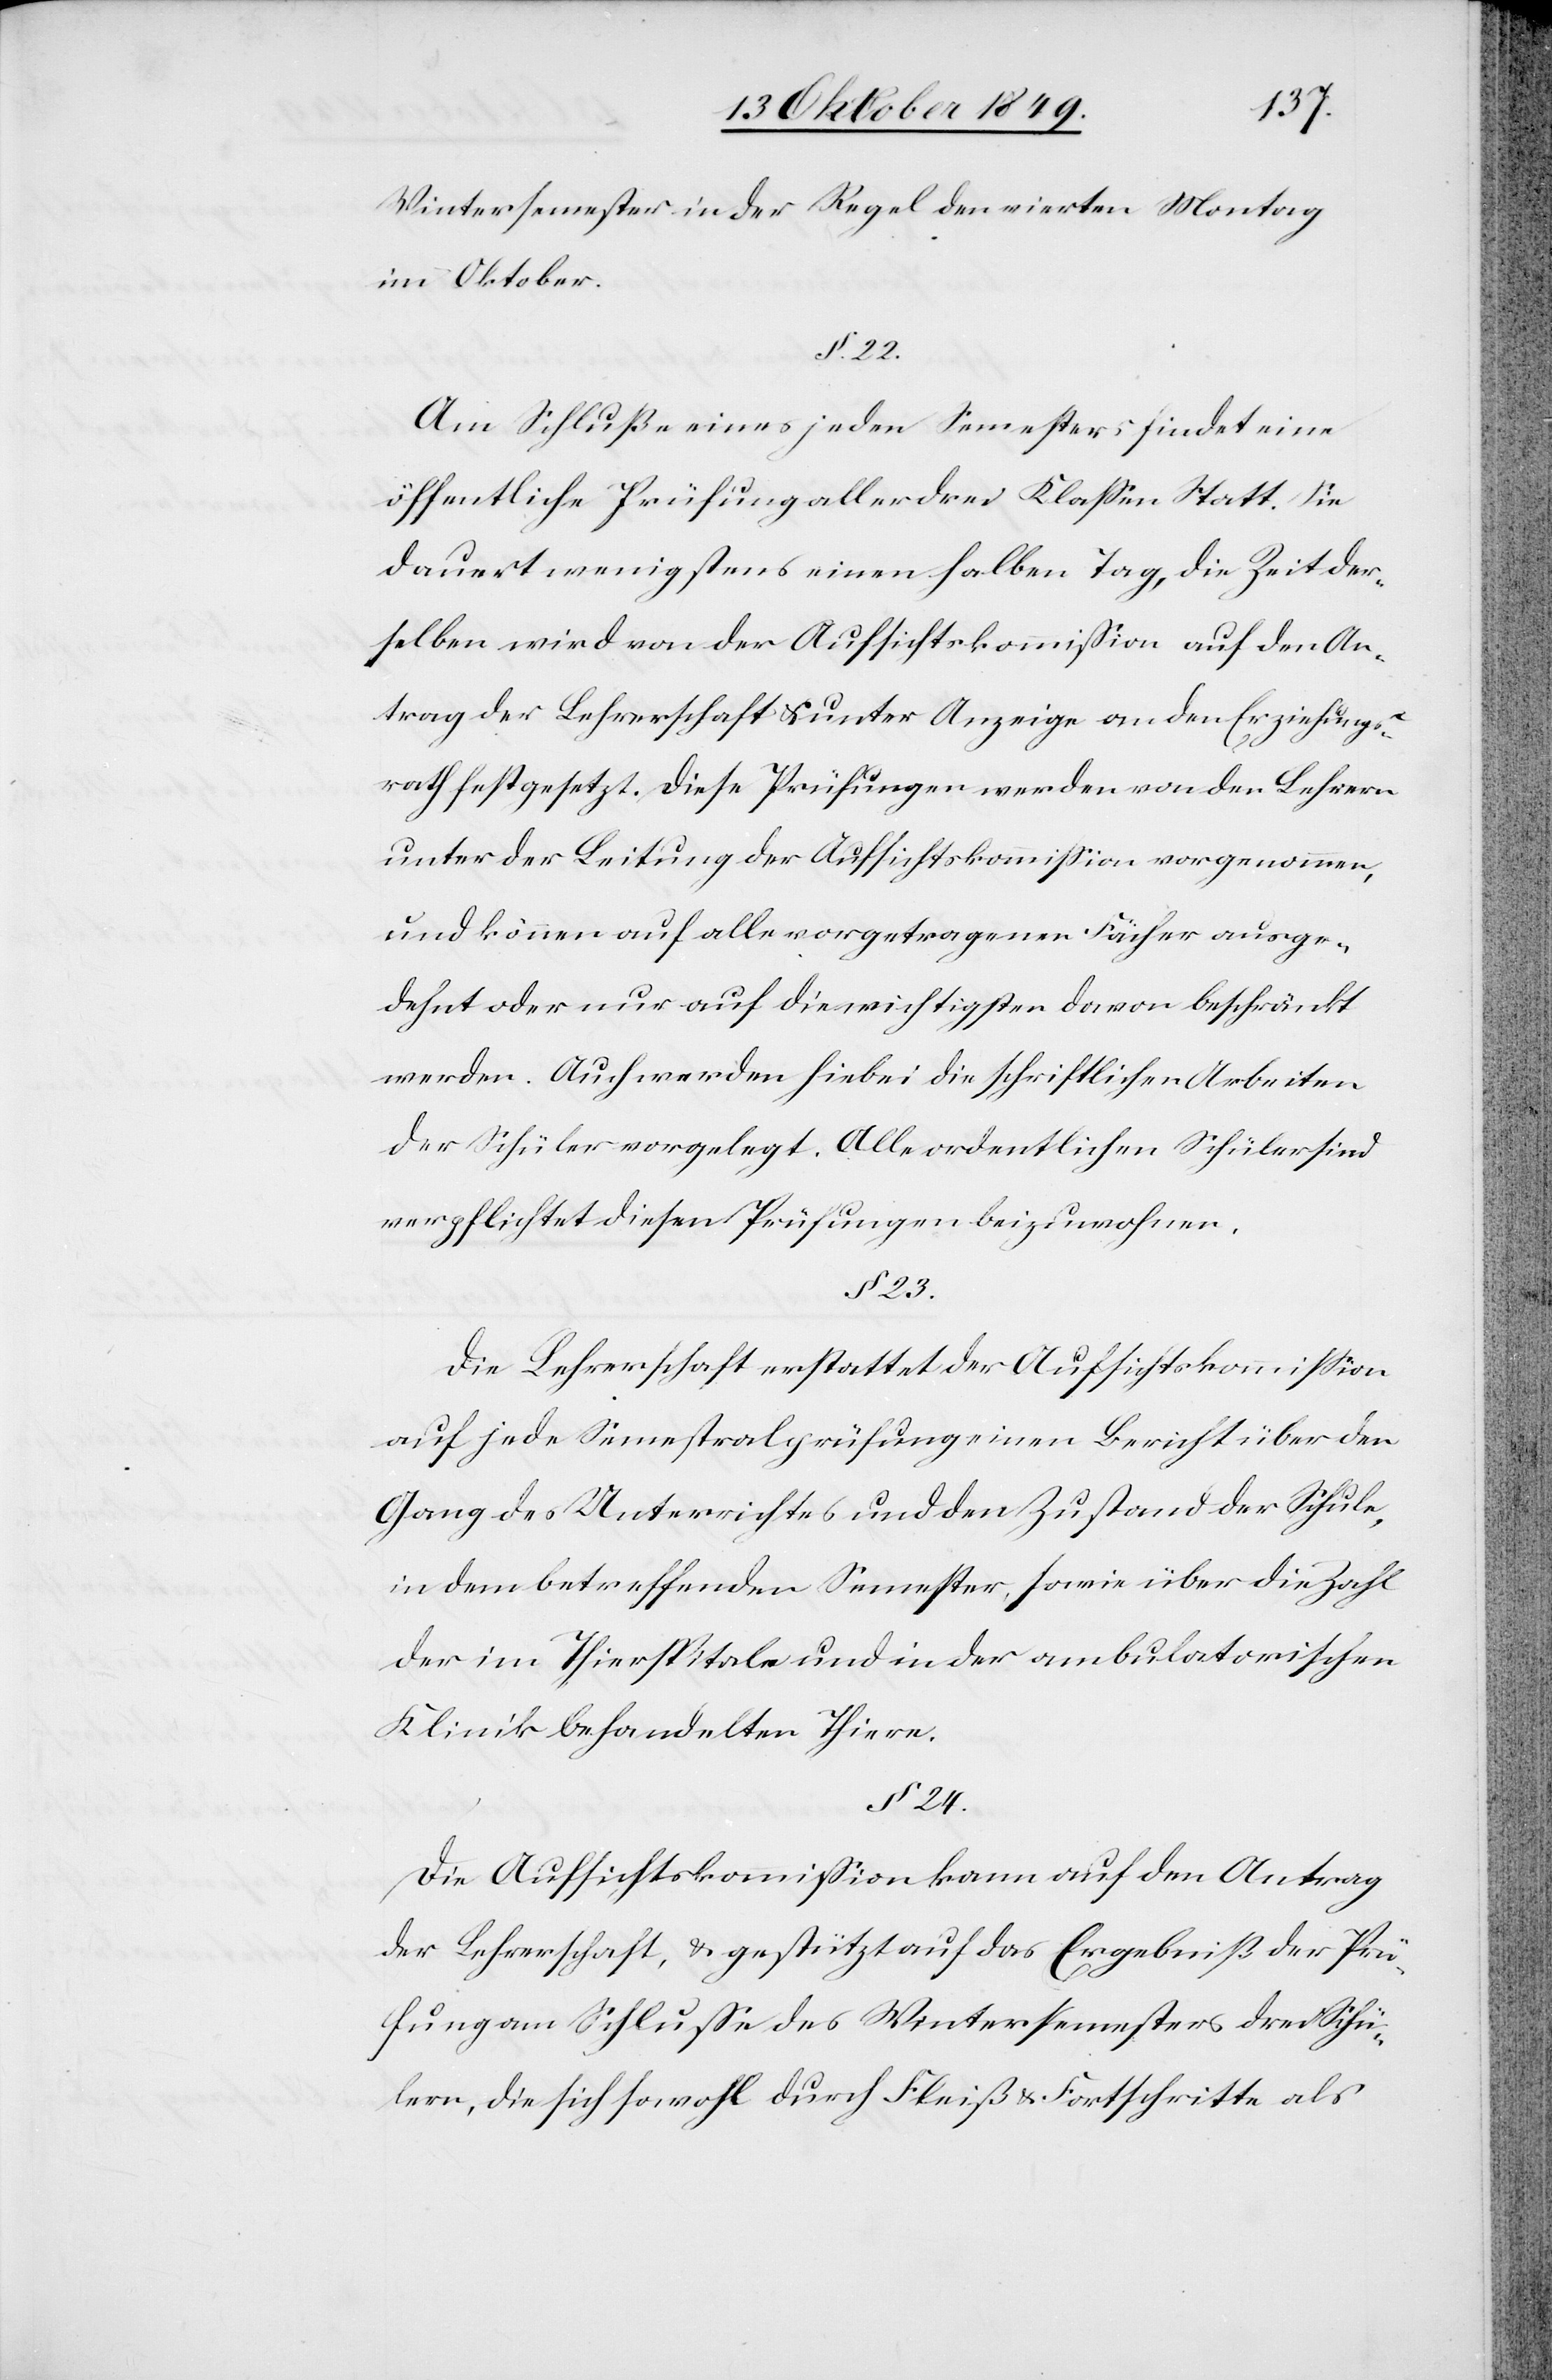
Wintersemester in der Regel den vierten Montag
im Oktober.
§ 23.
Am Schluße eines jeden Semesters findet eine
öffentliche Prüfung aller drei Klaßen Statt. Sie
dauert wenigstens einen halben Tag, die Zeit der¬
selben wird von der Aufsichtskommißion auf den An¬
trag der Lehrerschaft u. unter Anzeige an den Erziehungs¬
rath festgesetzt. Diese Prüfungen werden von den Lehrern
unter der Leitung der Aufsichtskommißion vorgenommen,
und können auf alle vorgetragenen Fächer ausge¬
dehnt oder nur auf die wichtigsten davon beschränkt
werden. Auch werden hiebei die schriftlichen Arbeiten
der Schüler vorgelegt. Alle ordentlichen Schüler sind
verpflichtet diesen Prüfungen beizuwohnen.
Die Lehrerschaft erstattet der Aufsichtskommißon
auf jede Semestralprüfung einen Bericht über den
Gang des Unterrichtes und den Zustand der Schule,
in dem betreffenden Semester, sowie über die Zahl
der im Thierspitale und in der ambulatorischen
Klinik behandelten Thiere.
§ 24.
Die Aufsichtskommißion kann auf den Antrag
der Lehrerschaft, u. gestützt auf das Ergebniß der Prü¬
fung am Schluße des Wintersemesters drei Schü¬
lern, die sich sowohl durch Fleiß u. Fortschritte als